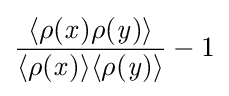
{\frac {\langle \rho ({\mathit {x}})\rho ({\mathit {y}})\rangle }{\langle \rho ({\mathit {x}})\rangle \langle \rho ({\mathit {y}})\rangle }}-1